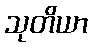
သုတိယာ